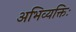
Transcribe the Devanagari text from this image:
अभिव्यक्तिः